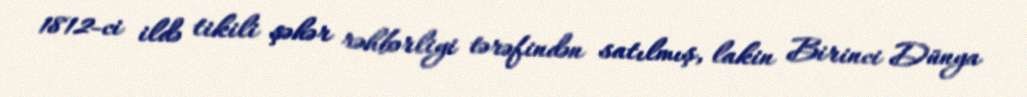
1812-ci ildə tikili şəhər rəhbərliyi tərəfindən satılmış, lakin Birinci Dünya